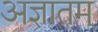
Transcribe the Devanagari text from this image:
अज्ञातम्‌